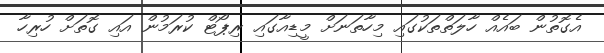
އެގޮތުން ބައެއް ހާލަތްތަކުގައި މިހާތަނަށް މީޑިއާގައި ރިޕޯޓް ކުރަމުން އައި ގޮތަށް ހުރިހާ